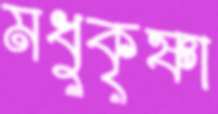
মধুকৃষ্ণা